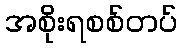
အစိုးရစစ်တပ်